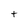
Character: t